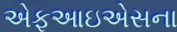
એફઆઇએસના